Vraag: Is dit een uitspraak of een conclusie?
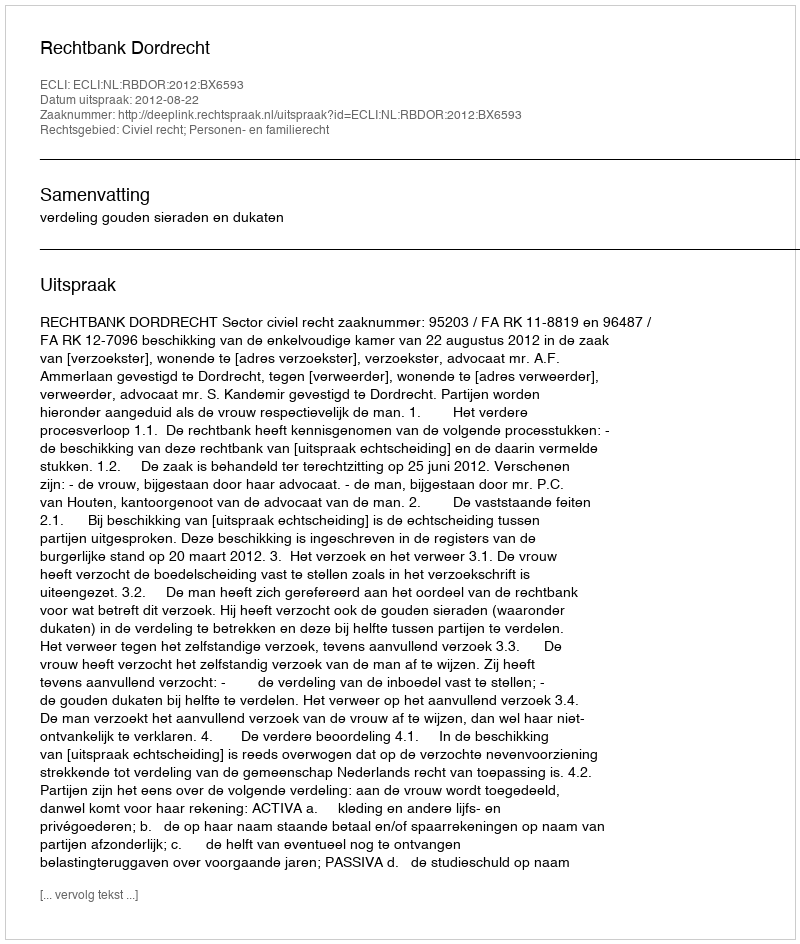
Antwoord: Uitspraak